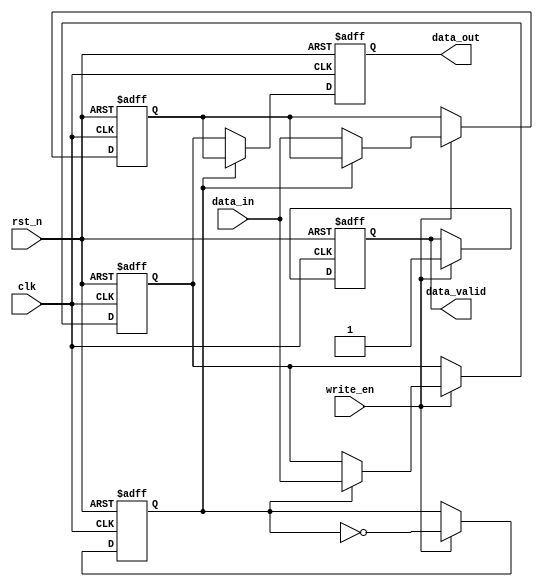
module double_buffer_register #(
    parameter DATA_WIDTH = 8 // Define the width of the data
)(
    input wire clk,               // Clock signal
    input wire rst_n,             // Active low reset
    input wire write_en,          // Write enable signal
    input wire [DATA_WIDTH-1:0] data_in, // Data input
    output reg [DATA_WIDTH-1:0] data_out, // Data output
    output reg data_valid         // Data valid signal
);

    // Buffer declarations
    reg [DATA_WIDTH-1:0] buffer_a;
    reg [DATA_WIDTH-1:0] buffer_b;

    // Control signal to toggle between buffers
    reg current_buffer; // 0 for Buffer A, 1 for Buffer B

    // Sequential logic for buffer operations
    always @(posedge clk or negedge rst_n) begin
        if (!rst_n) begin
            // Reset condition
            buffer_a <= 0;
            buffer_b <= 0;
            data_out <= 0;
            data_valid <= 0;
            current_buffer <= 0; // Start with Buffer A
        end else begin
            if (write_en) begin
                // Write data to the currently selected buffer
                if (current_buffer == 0) begin
                    buffer_a <= data_in;
                end else begin
                    buffer_b <= data_in;
                end
                // Assert data valid signal after writing
                data_valid <= 1;
            end
            
            // Switching mechanism
            if (write_en) begin
                // Toggle the current buffer after writing
                current_buffer <= ~current_buffer;
            end
            
            // Read from the inactive buffer
            if (current_buffer == 0) begin
                data_out <= buffer_b; // Read from Buffer B
            end else begin
                data_out <= buffer_a; // Read from Buffer A
            end
        end
    end

endmodule